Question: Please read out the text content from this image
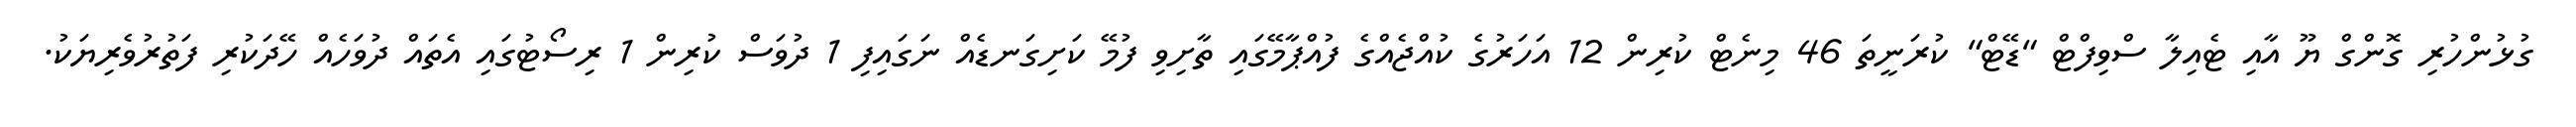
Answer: ގުޅުންހުރި ގޮންގް ޔޫ އާއި ޓެއިލާ ސްވިފްޓް "ޑޭޓް" ކުރަނީތަ 46 މިނެޓް ކުރިން 12 އަހަރުގެ ކުއްޖެއްގެ ފުއްޕާމޭގައި ތާށިވި ފުމޭ ކަށިގަނޑެއް ނަގައިފި 1 ދުވަސް ކުރިން 1 ރިސޯޓުގައި އެތައް ދުވަހެއް ހޭދަކުރި ފަތުރުވެރިޔަކު.